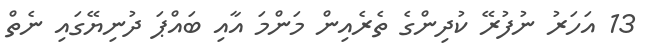
13 އަހަރު ނުފުރޭ ކުދިންގެ ތެރެއިން މަންމަ އާއި ބައްޕަ ދުނިޔޭގައި ނެތް